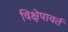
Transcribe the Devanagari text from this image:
विक्षेपावर्त